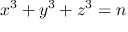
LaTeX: x ^ { 3 } + y ^ { 3 } + z ^ { 3 } = n